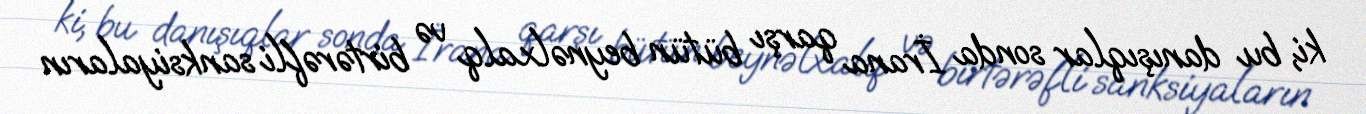
ki, bu danışıqlar sonda İrana qarşı bütün beynəlxalq və birtərəfli sanksiyaların